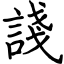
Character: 諓